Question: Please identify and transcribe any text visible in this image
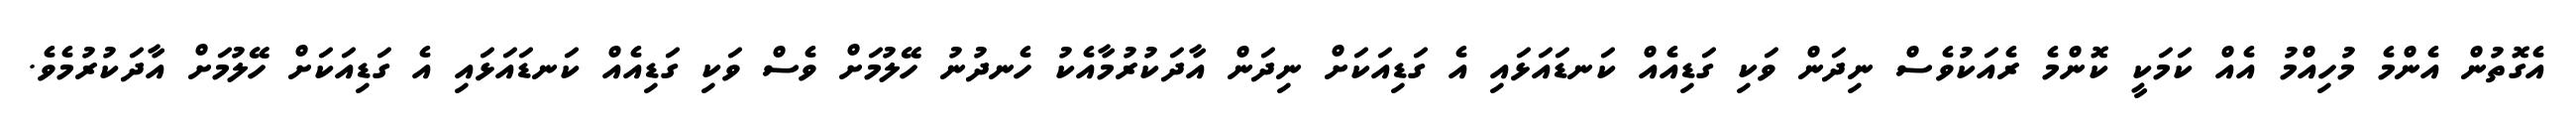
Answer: އެގޮތުން އެންމެ މުހިއްމު އެއް ކަމަކީ ކޮންމެ ރެއަކުވެސް ނިދަން ވަކި ގަޑިއެއް ކަނޑައަޅައި އެ ގަޑިއަކަށް ނިދަން އާދަކުރުމާއެކު ހެނދުނު ހޭލުމަށް ވެސް ވަކި ގަޑިއެއް ކަނޑައަޅައި އެ ގަޑިއަކަށް ހޭލުމަށް އާދަކުރުމެވެ.